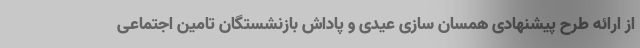
از ارائه طرح پیشنهادی همسان سازی عیدی و پاداش بازنشستگان تامین اجتماعی